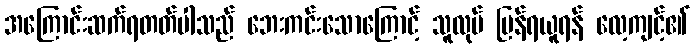
အကြောင်းဆက်ရတတ်ပါသည် ဘေးကင်းသောကြောင့် သူလုပ် ပြန်ရယူရန် လေ့ကျင့်၏